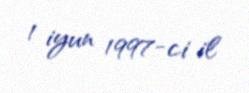
1 iyun 1997-ci il